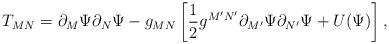
LaTeX: \begin{align*}T_{MN} = \partial_M\Psi\partial_N\Psi-g_{MN}\left[\frac{1}{2}g^{M'N'}\partial_{M'}\Psi\partial_{N'}\Psi+U(\Psi)\right],\end{align*}